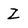
Character: Z